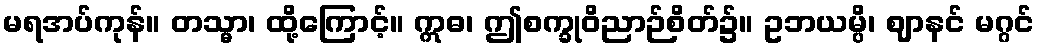
မရအပ်ကုန်။ တသ္မာ၊ ထို့ကြောင့်။ ဣဓ၊ ဤစက္ခုဝိညာဉ်စိတ်၌။ ဥဘယမ္ပိ၊ ဈာနင် မဂ္ဂင်